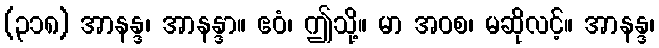
(၃၁၈) အာနန္ဒ၊ အာနန္ဒာ။ ဧဝံ၊ ဤသို့။ မာ အဝစ၊ မဆိုလင့်။ အာနန္ဒ၊